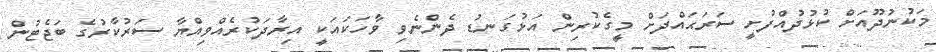
މަކުނުދޫއަށް ކުޅުދުއްފުށީ ސަރަޙައްދަށް މީގެކުރިން އަޅުގަނޑު ދެންނެވި ވާހަކައަކީ އިރާދަކުރެއްވިއްޔާ ސަރުކާރުގެ ބަޖެޓުން